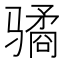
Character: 𱅫